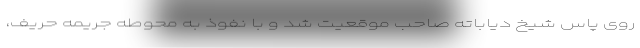
روی پاس شیخ دیاباته صاحب موقعیت شد و با نفوذ به محوطه جریمه حریف،